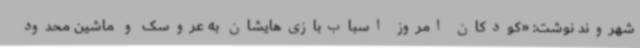
شهروند نوشت: «کودکان امروز اسباب‌بازی‌هایشان به عروسک و ماشین محدود